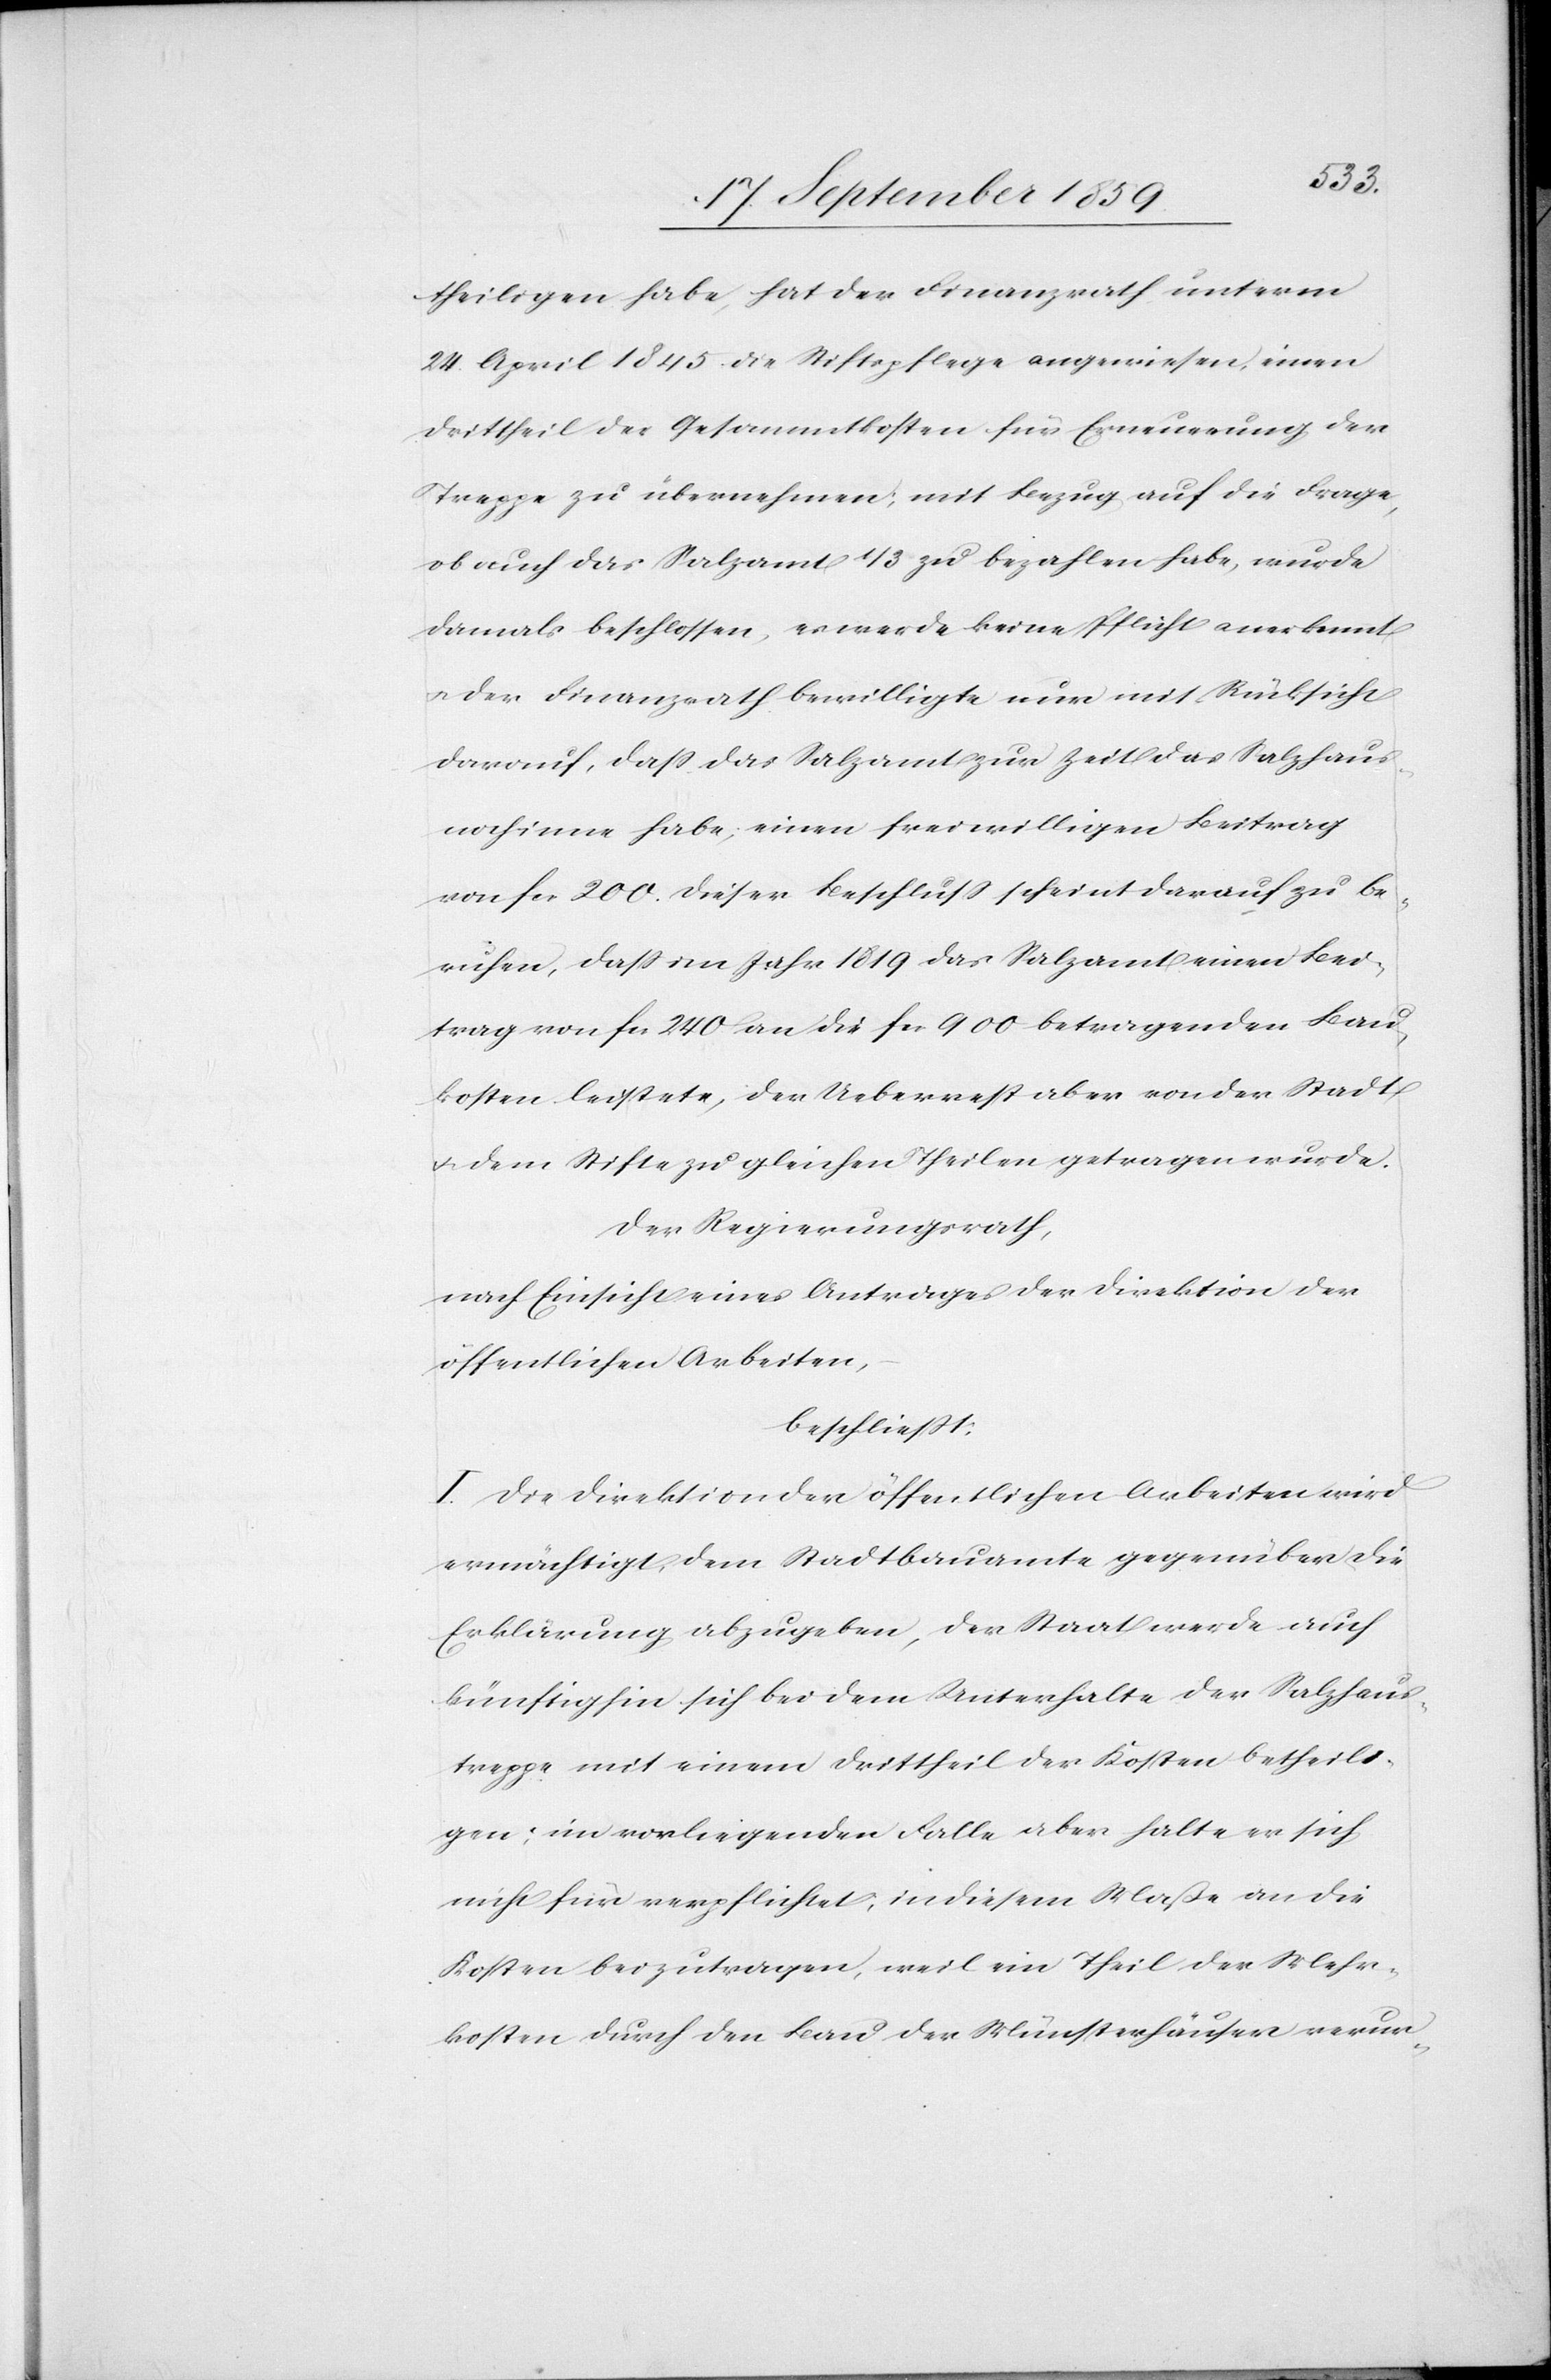
theiligen habe, hat der Finanzrath unterm
24. April 1845 die Stiftspflege angewiesen, einen
Drittheil der Gesammtkosten für Erneuerung der
Treppe zu übernehmen; mit Bezug auf die Frage,
ob auch das Salzamt 1/3 zu bezahlen habe, wurde
damals beschlossen, es werde keine Pflicht anerkennt
& der Finanzrath bewilligte nur mit Rücksicht
darauf, daß das Salzamt zur Zeit das Salzhaus
noch inne habe, einen freiwilligen Beitrag
von fcs. 200. Dieser Beschluß scheint darauf zu be¬
ruhen, daß im Jahr 1819 das Salzamt einen Bei¬
trag von fcs. 240 an die fcs. 900 betragenden Bau¬
kosten leistete, der Ueberrest aber von der Stadt
& dem Stifte zu gleichen Theilen getragen wurde.
Der Regierungsrath,
nach Einsicht eines Antrages der Direktion der
öffentlichen Arbeiten,
beschließt:
I. Die Direktion der öffentlichen Arbeiten wird
ermächtigt, dem Stadtbauamte gegenüber die
Erklärung abzugeben, der Staat werde auch
künftighin sich bei dem Unterhalte der Salzhaus¬
treppe mit einem Drittheil der Kosten betheili¬
gen; im vorliegenden Falle aber halte er sich
nicht für verpflichtet, in diesem Maße an die
Kosten beizutragen, weil ein Theil der Mehr¬
kosten durch den Bau der Münsterhäuser verur-